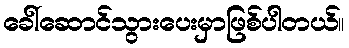
ခေါ်ဆောင်သွားပေးမှာဖြစ်ပါတယ်။